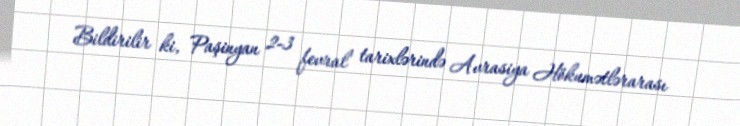
Bildirilir ki, Paşinyan 2-3 fevral tarixlərində Avrasiya Hökumətlərarası